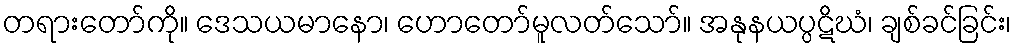
တရားတော်ကို။ ဒေသယမာနော၊ ဟောတော်မူလတ်သော်။ အနုနယပ္ပဋိဃံ၊ ချစ်ခင်ခြင်း၊